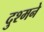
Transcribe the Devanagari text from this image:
दुश्मने